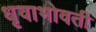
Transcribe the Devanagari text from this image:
धृवाभोवती